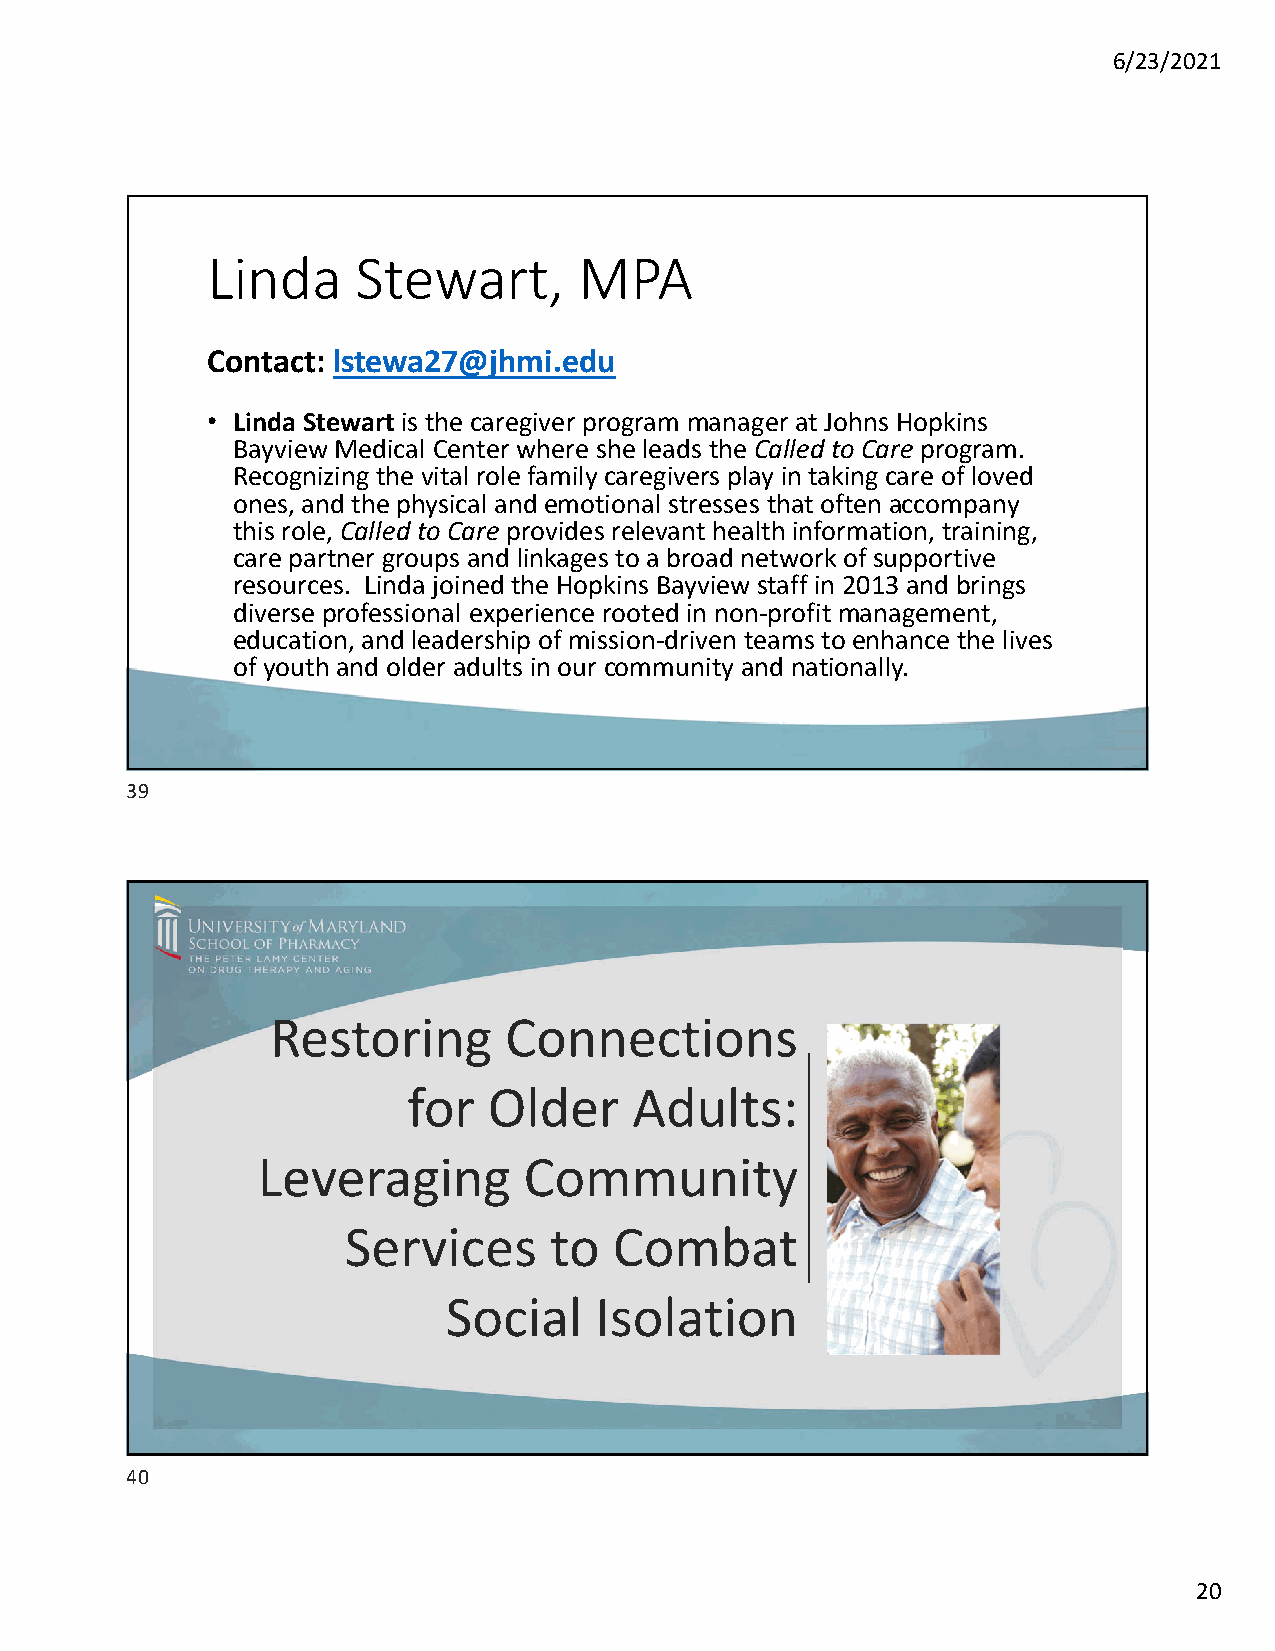
6/23/2021
 Linda     Stewart,      MPA
 Contact: lstewa27@jhmi.edu
 • Linda Stewart is the caregiver program manager at Johns Hopkins
 Bayview Medical Center where she leads the Called to Careprogram.
 Recognizing the vital role family caregivers play in taking care of loved
 ones, and the physical and emotional stresses that often accompany
 this role, Called to Careprovides relevant health information, training,
 care partner groups and linkages to a broad network of supportive
 resources. Linda joined the Hopkins Bayview staff in 2013 and brings
 diverse professional experience rooted in non‐profit management,
 education, and leadership of mission‐driven teams to enhance the lives
 of youth and older adults in our community and nationally.
 39
 Restoring      Connections
 for  Older     Adults:
 Leveraging        Community
 Services     to   Combat
 Social   Isolation
 umaryland.edu
 40
 20